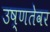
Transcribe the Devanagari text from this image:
उष्णतेवर